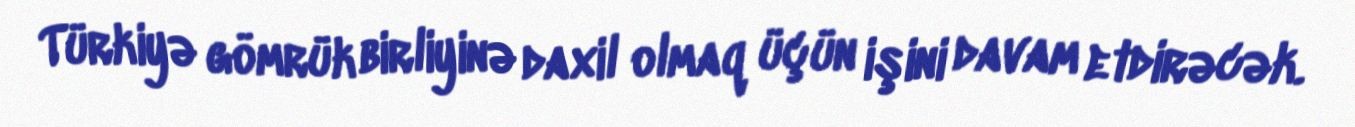
Türkiyə gömrük birliyinə daxil olmaq üçün işini davam etdirəcək.